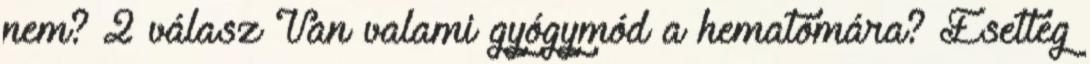
nem? 2 válasz Van valami gyógymód a hematómára? Esetleg